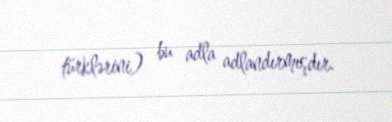
türklərini) bu adla adlandırmışdır.